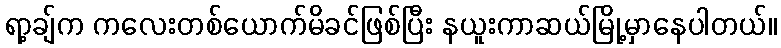
ရာ့ချ်က ကလေးတစ်ယောက်မိခင်ဖြစ်ပြီး နယူးကာဆယ်မြို့မှာနေပါတယ်။